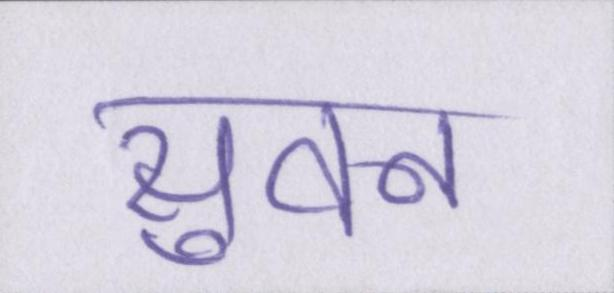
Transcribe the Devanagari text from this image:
सुवन